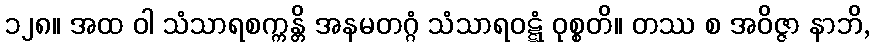
၁၂၈။ အထ ဝါ သံသာရစက္ကန္တိ အနမတဂ္ဂံ သံသာရဝဋ္ဋံ ဝုစ္စတိ။ တဿ စ အဝိဇ္ဇာ နာဘိ,